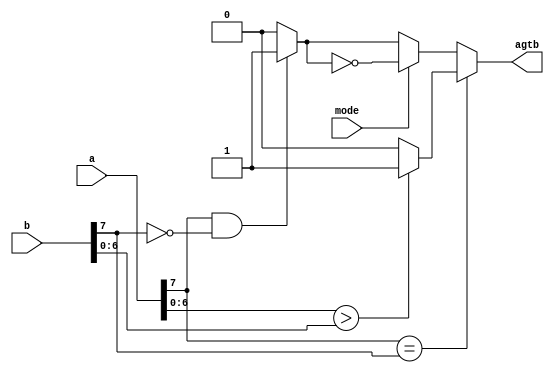
/* An effice=ient way in which comparator is used only as compared to previous example where 2 are used" */

module comparator_efficient #(parameter width = 8)
(
input 		[width-1:0]a,
input		[width-1:0]b,
input		mode,
output		agtb  	// a is greater than b then agtb =1

);


wire a1_b0 ;    	// for signed comparison
wire agtb_mag; 		// when the unsigned comparison

assign a1_b0 	= 	((a[width -1]) == 1'b1 && (b[width-1]==1'b0)) ? 1'b1 :1'b0 ;

assign agtb_mag = 	(a[width-2:0] > b[width-2:0]) ? 1'b1 : 1'b0;

assign agtb 	=	(a[width-1] == b[width-1]) ? agtb_mag :(mode ? (!a1_b0):a1_b0);



endmodule